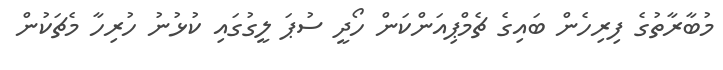
މުބާރާތުގެ ފިރިހެން ބައިގެ ޗެމްޕިއަންކަން ހޯދީ ސުޕަ ލީގުގައި ކުޅުނު ހުރިހާ މެޗަކުން